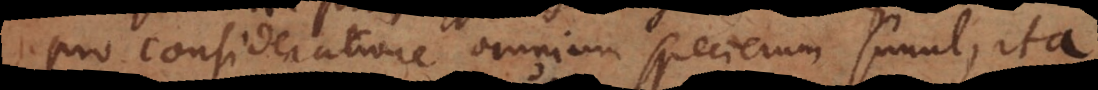
pro consideratione omnium specierum simul, ita